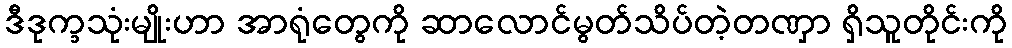
ဒီဒုက္ခသုံးမျိုးဟာ အာရုံတွေကို ဆာလောင်မွတ်သိပ်တဲ့တဏှာ ရှိသူတိုင်းကို